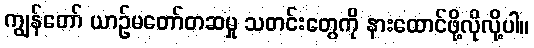
ကျွန်တော် ယာဉ်မတော်တဆမှု သတင်းတွေကို နားထောင်ဖို့လိုလို့ပါ။